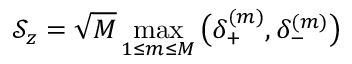
\mathcal { S } _ { z } = \sqrt { M } \operatorname* { m a x } _ { 1 \leq m \leq M } \big ( \delta _ { + } ^ { ( m ) } , \delta _ { - } ^ { ( m ) } \big )